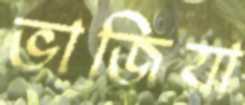
ভাজিয়া